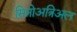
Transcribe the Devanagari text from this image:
सिनोअत्रिअल